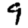
Digit: 9